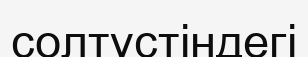
солтүстіндегі